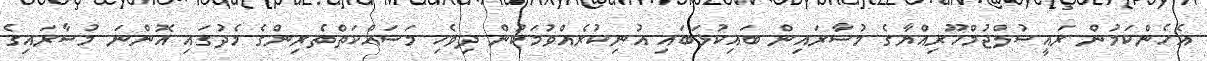
އެހެންކަމުން ރައީސުލްޖުމްހޫރިއްޔާގެ މުސާރައިން ބައިކުޅަބައި އުނިކުރެއްވުމަކުން ދިވެހި މަސައްކަތްތެރިންގެ މެދުގައި އޮންނަ މުސާރައިގެ